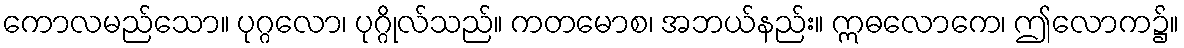
ကောလမည်သော။ ပုဂ္ဂလော၊ ပုဂ္ဂိုလ်သည်။ ကတမောစ၊ အဘယ်နည်း။ ဣဓလောကေ၊ ဤလောက၌။